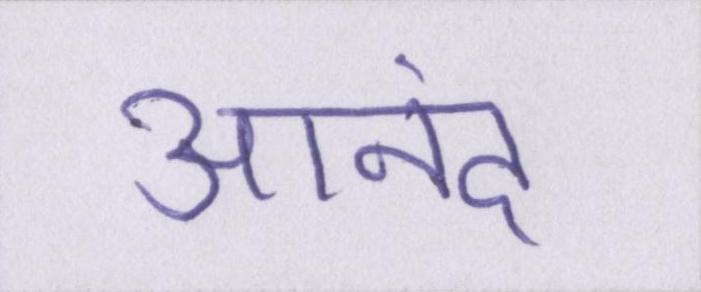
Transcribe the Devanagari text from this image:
आनंद